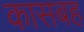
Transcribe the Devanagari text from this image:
कासबह